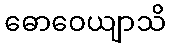
ဓောဝေယျာသိ